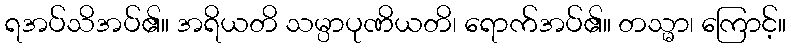
ရအပ်သိအပ်၏။ အရိယတိ သမ္ပာပုဏိယတိ၊ ရောက်အပ်၏။ တသ္မာ၊ ကြောင့်။